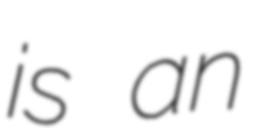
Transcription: is an